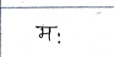
मजकूर: मः